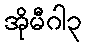
အိုမီဂါ၃